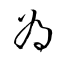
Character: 為